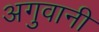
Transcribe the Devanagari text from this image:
अगुवानी